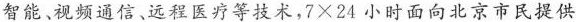
智能、视频通信、远程医疗等技术，$$7×24$$小时面向北京市民提供